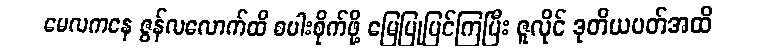
မေလကနေ ဇွန်လလောက်ထိ စပါးစိုက်ဖို့ မြေပြုပြင်ကြပြီး ဇူလိုင် ဒုတိယပတ်အထိ